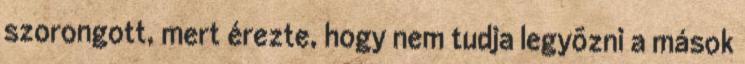
szorongott, mert érezte, hogy nem tudja legyõzni a mások